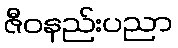
ဇီဝနည်းပညာ